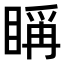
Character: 𥈦